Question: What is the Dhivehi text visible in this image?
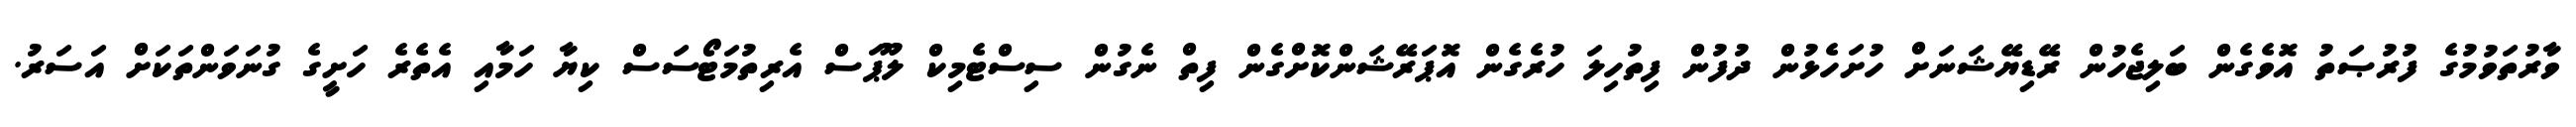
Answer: ވާރުތަވުމުގެ ފުރުޞަތު އޮވެގެން ބަލިޖެހުން ރޭޑިޔޭޝަނަށް ހުށަހެޅުން ދުފުން ފިތުހިލަ ހުރެގެން އޮޕަރޭޝަންކޮށްގެން ފިތް ނެގުން ސިސްޓެމިކް ލޫޕަސް އެރިތުމަޓޯސަސް ކިޔާ ހަމާއި އެތެރެ ހަށީގެ ގުނަވަންތަކަށް އަސަރު.